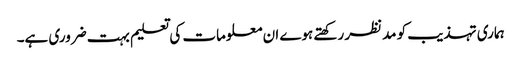
ہماری تہذیب کو مدنظر رکھتے ہوے ان معلومات کی تعلیم بہت ضروری ہے۔